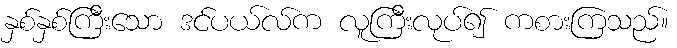
နှစ်နှစ်ကြီးသော ဒင်ပယ်လ်က လူကြီးလုပ်၍ ကစားကြသည်။